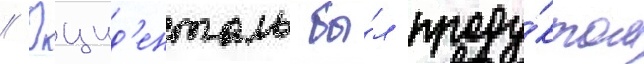
// Окцид'енталь бы́л проду́ктом